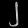
Digit: ၂